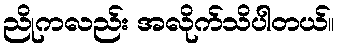
ညိုကလည်း အလိုက်သိပါတယ်။